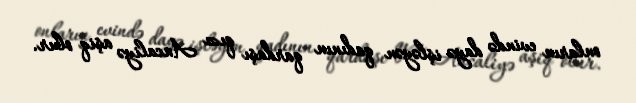
onların evində dayə işləyən qadının qardaşı qızı Ancaliyə aşiq olur.